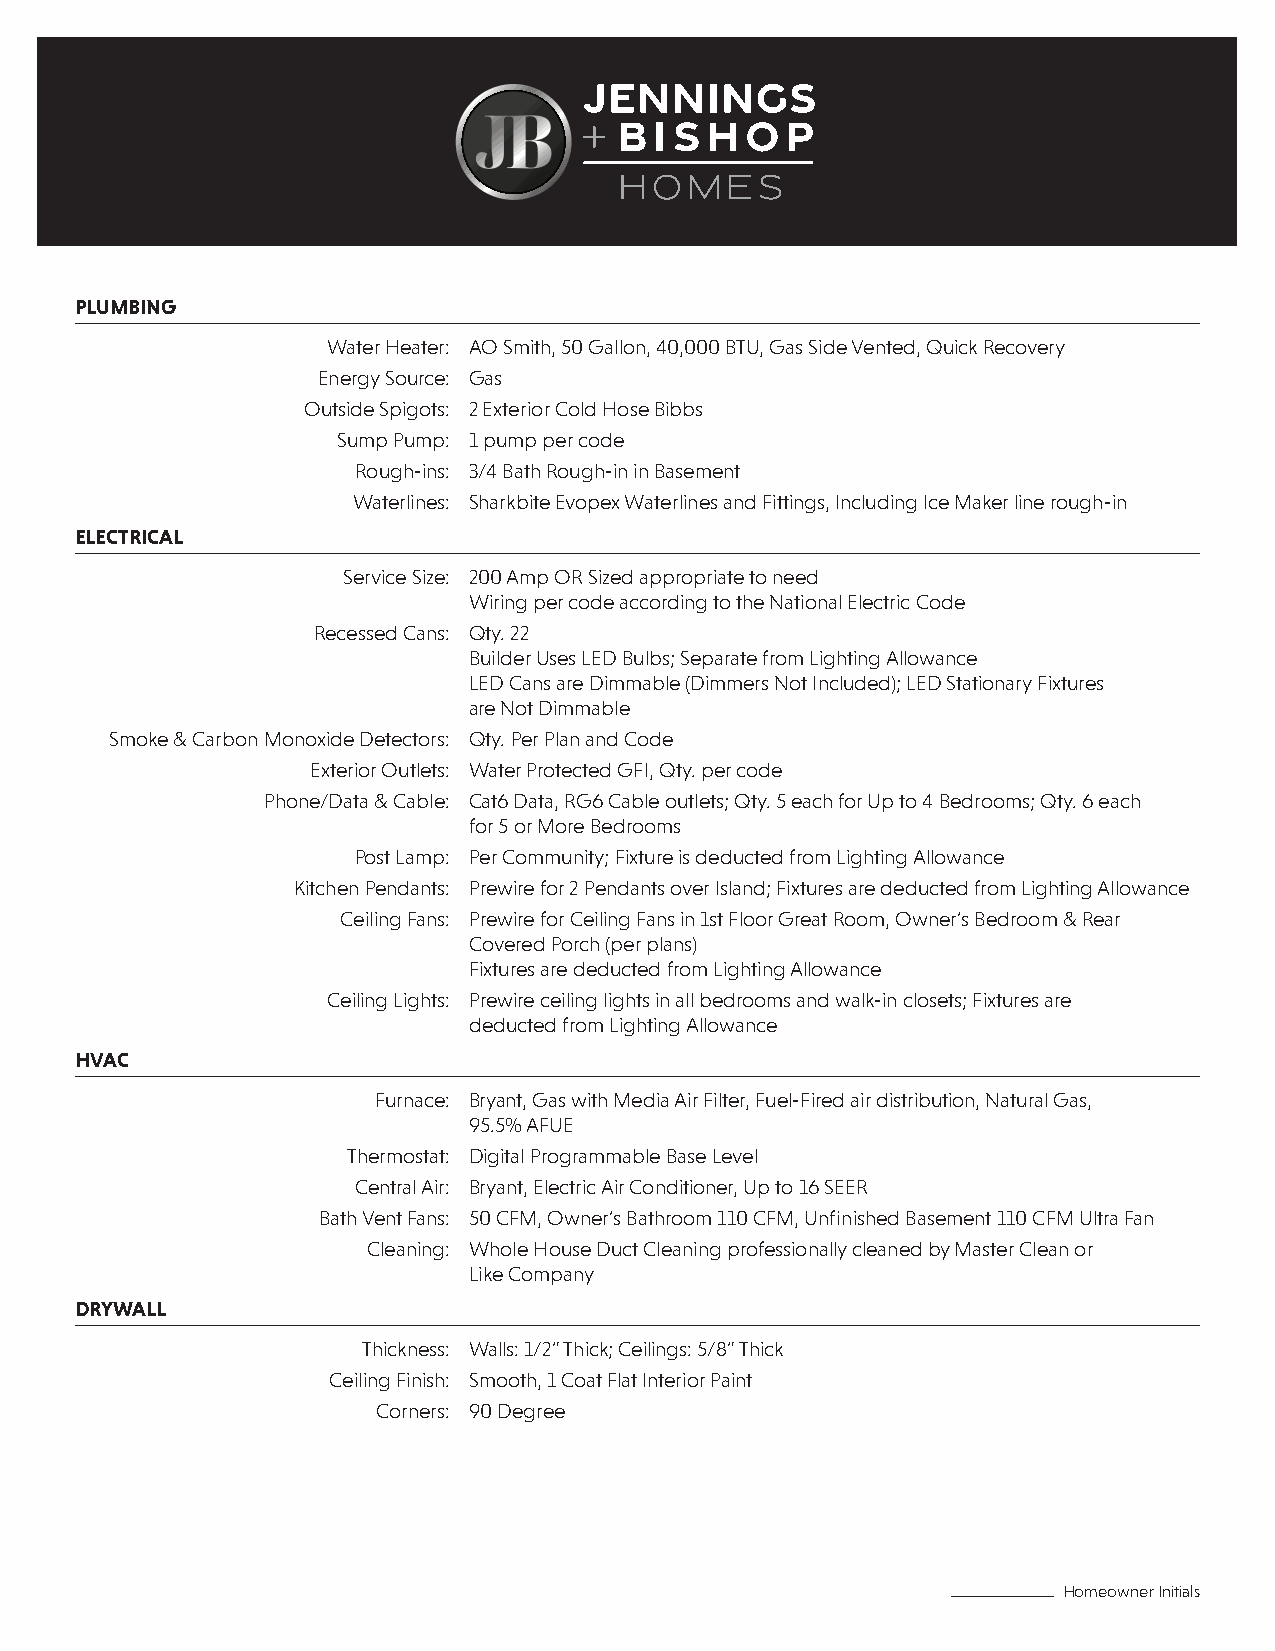
PLUMBING
 Water Heater: AO Smith, 50 Gallon, 40,000 BTU, Gas Side Vented, Quick Recovery
 Energy Source: Gas
 Outside Spigots: 2 Exterior Cold Hose Bibbs
 Sump Pump: 1 pump per code
 Rough-ins: 3/4 Bath Rough-in in Basement
 Waterlines: Sharkbite Evopex Waterlines and Fittings, Including Ice Maker line rough-in
 ELECTRICAL
 Service Size: 200 Amp OR Sized appropriate to need
 Wiring per code according to the National Electric Code
 Recessed Cans: Qty. 22
 Builder Uses LED Bulbs; Separate from Lighting Allowance
 LED Cans are Dimmable (Dimmers Not Included); LED Stationary Fixtures
 are Not Dimmable
 Smoke & Carbon Monoxide Detectors: Qty. Per Plan and Code
 Exterior Outlets: Water Protected GFI, Qty. per code
 Phone/Data & Cable: Cat6 Data, RG6 Cable outlets; Qty. 5 each for Up to 4 Bedrooms; Qty. 6 each
 for 5 or More Bedrooms
 Post Lamp: Per Community; Fixture is deducted from Lighting Allowance
 Kitchen Pendants: Prewire for 2 Pendants over Island; Fixtures are deducted from Lighting Allowance
 Ceiling Fans: Prewire for Ceiling Fans in 1st Floor Great Room, Owner’s Bedroom & Rear
 Covered Porch (per plans)
 Fixtures are deducted from Lighting Allowance
 Ceiling Lights: Prewire ceiling lights in all bedrooms and walk-in closets; Fixtures are
 deducted from Lighting Allowance
 HVAC
 Furnace: Bryant, Gas with Media Air Filter, Fuel-Fired air distribution, Natural Gas,
 95.5% AFUE
 Thermostat: Digital Programmable Base Level
 Central Air: Bryant, Electric Air Conditioner, Up to 16 SEER
 Bath Vent Fans: 50 CFM, Owner’s Bathroom 110 CFM, Unfinished Basement 110 CFM Ultra Fan
 Cleaning: Whole House Duct Cleaning professionally cleaned by Master Clean or
 Like Company
 DRYWALL
 Thickness: Walls: 1/2” Thick; Ceilings: 5/8” Thick
 Ceiling Finish: Smooth, 1 Coat Flat Interior Paint
 Corners: 90 Degree
 Homeowner Initials